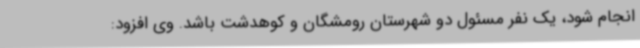
انجام شود، یک نفر مسئول دو شهرستان رومشگان و کوهدشت باشد. وی افزود: